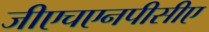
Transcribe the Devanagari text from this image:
जीएचएनपीसीए